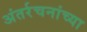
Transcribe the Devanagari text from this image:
अंतर्रचनांच्या